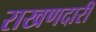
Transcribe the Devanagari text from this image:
राखणदारी